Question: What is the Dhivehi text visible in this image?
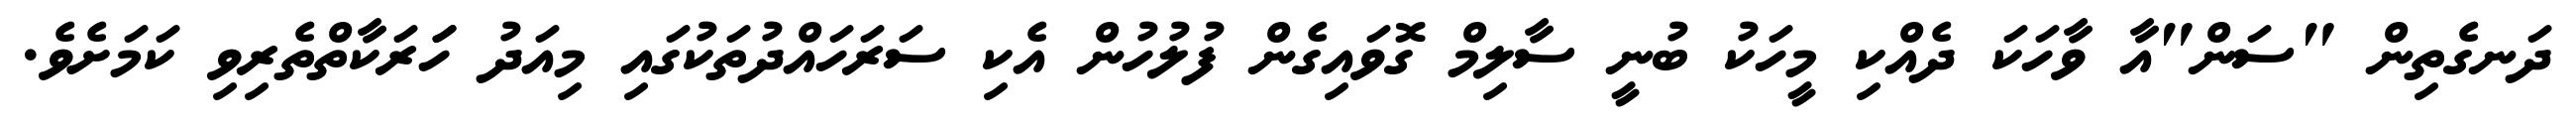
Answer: ދަނގެތިން "ސަން"އާ ވާހަކަ ދެއްކި މީހަކު ބުނީ ސާލިމް ގޮވައިގެން ފުލުހުން އެކި ސަރަހައްދުތަކުގައި މިއަދު ހަަރަކާތްތެރިވި ކަމަށެވެ.